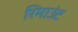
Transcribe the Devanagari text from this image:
रिमाउंट